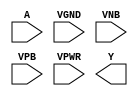
(* blackbox *)
module sky130_fd_sc_hvl__inv_1 (
    A   ,
    VGND   ,
    VNB    ,
    VPB    ,
    VPWR   ,
    Y   
);

    output Y   ;
    input  A   ;
    input  VPWR;
    input  VGND;
    input  VPB ;
    input  VNB ;
endmodule

(* blackbox *)
module sky130_fd_sc_hvl__inv_4 (
    A   ,
    VGND   ,
    VNB    ,
    VPB    ,
    VPWR   ,
    Y   
);

    output Y   ;
    input  A   ;
    input  VPWR;
    input  VGND;
    input  VPB ;
    input  VNB ;
endmodule



(* blackbox *)
module sky130_fd_sc_hvl__nand3_1 (

    A   ,
    B   ,
    C   ,
    VGND   ,
    VNB    ,
    VPB    ,
    VPWR   ,
    Y 
);

    output Y   ;
    input  A   ;
    input  B   ;
    input  C   ;
    input  VPWR;
    input  VGND;
    input  VPB ;
    input  VNB ;
endmodule


(* blackbox *)
module sky130_fd_sc_hvl__nor3_1 (
    A   ,
    B   ,
    C   ,
    VGND   ,
    VNB    ,
    VPB    ,
    VPWR   ,
    Y
);

    output Y   ;
    input  A   ;
    input  B   ;
    input  C   ;
    input  VPWR;
    input  VGND;
    input  VPB ;
    input  VNB ;
endmodule